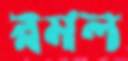
রমল